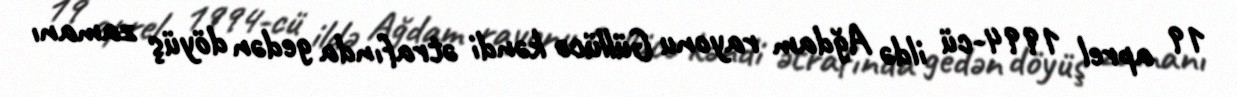
19 aprel 1994-cü ildə Ağdam rayonu Güllücə kəndi ətrafında gedən döyüş zamanı